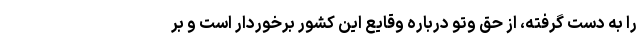
را به دست گرفته، از حق وتو درباره وقایع این کشور برخوردار است و بر